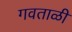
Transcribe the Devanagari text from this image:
गवताळी